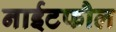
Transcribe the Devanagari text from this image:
नाईटफौल